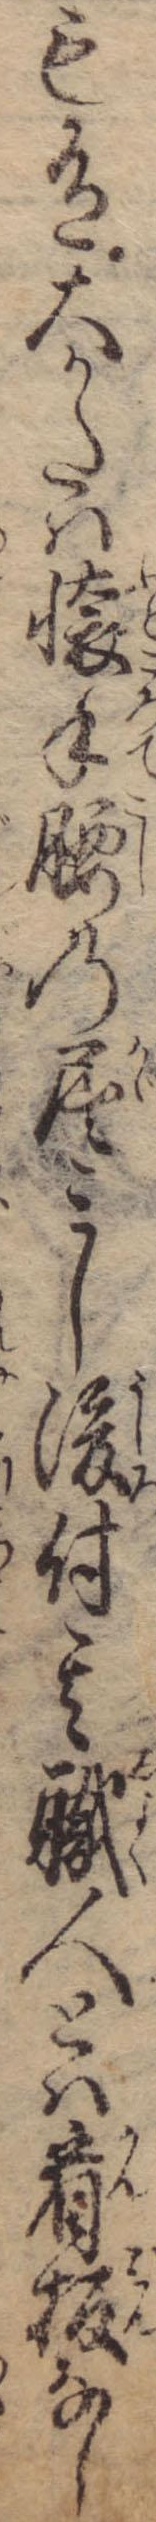
も有大かたは懐手腰の屈みし後付其職人とは看板なし